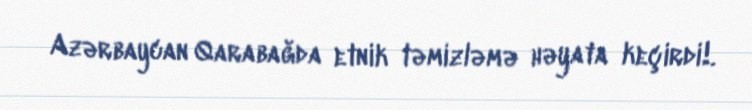
Azərbaycan Qarabağda etnik təmizləmə həyata keçirdi!.